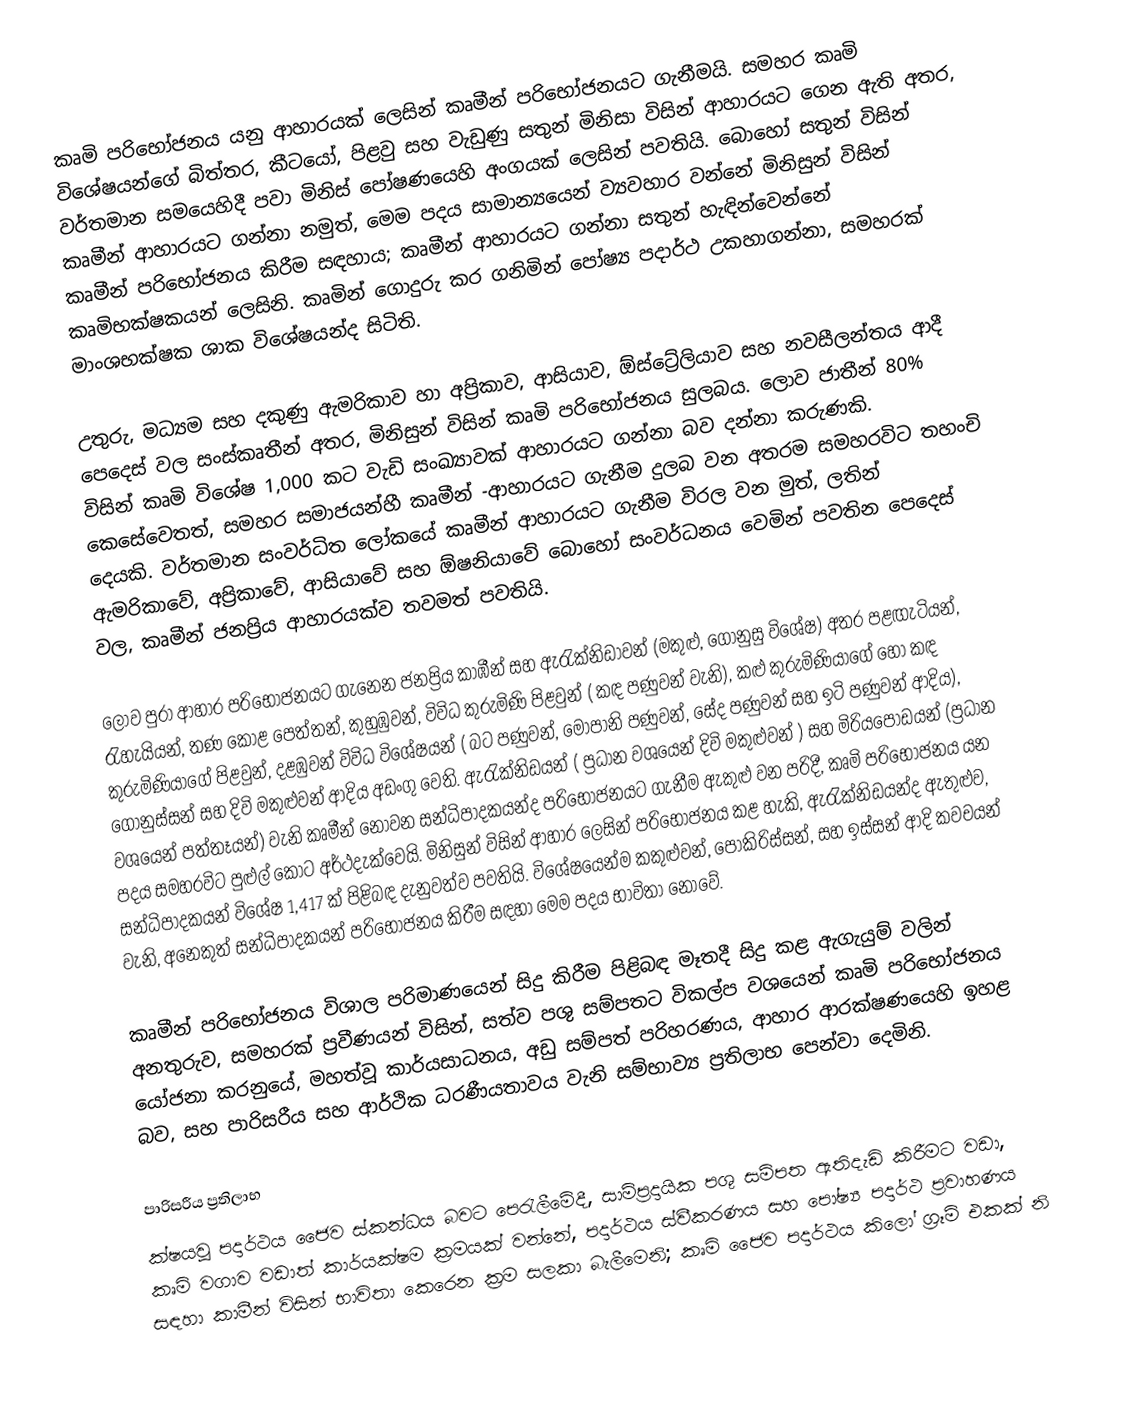
කෘමි පරිභෝජනය  යනු ආහාරයක් ලෙසින්  කෘමීන් පරිභෝජනයට ගැනීමයි. සමහර කෘමි විශේෂයන්ගේ  බිත්තර, කීටයෝ, පිළවු සහ වැඩුණු සතුන්  මිනිසා විසින් ආහාරයට ගෙන ඇති අතර, වර්තමාන සමයෙහිදී පවා  මිනිස් පෝෂණයෙහි අංගයක් ලෙසින් පවතියි.  බොහෝ සතුන් විසින් කෘමීන් ආහාරයට ගන්නා නමුත්, මෙම පදය සාමාන්‍යයෙන් ව්‍යවහාර වන්නේ මිනිසුන් විසින් කෘමීන් පරිභෝජනය කිරීම සඳහාය; කෘමීන් ආහාරයට ගන්නා සතුන් හැඳින්වෙන්නේ කෘමිභක්ෂකයන් ලෙසිනි. කෘමින් ගොදුරු කර ගනිමින් පෝෂ්‍ය පදාර්ථ උකහාගන්නා, සමහරක් මාංශභක්ෂක ශාක විශේෂයන්ද සිටිති.

උතුරු, මධ්‍යම සහ දකුණු ඇමරිකාව හා අප්‍රිකාව, ආසියාව, ඕස්ට්‍රේලියාව සහ නවසීලන්තය ආදී පෙදෙස් වල සංස්කෘතීන් අතර, මිනිසුන් විසින් කෘමි පරිභෝජනය සුලබය. ලොව ජාතීන් 80% විසින් කෘමි විශේෂ 1,000 කට වැඩි සංඛ්‍යාවක් ආහාරයට ගන්නා බව දන්නා කරුණකි. කෙසේවෙතත්, සමහර සමාජයන්හී කෘමීන් -ආහාරයට ගැනීම දුලබ වන අතරම සමහරවිට තහංචි දෙයකි.   වර්තමාන සංවර්ධිත ලෝකයේ කෘමීන් ආහාරයට ගැනීම විරල වන මුත්, ලතින් ඇමරිකාවේ, අප්‍රිකාවේ, ආසියාවේ සහ ඕෂනියාවේ බොහෝ සංවර්ධනය වෙමින් පවතින පෙදෙස් වල, කෘමීන් ජනප්‍රිය ආහාරයක්ව තවමත් පවතියි.

ලොව පුරා ආහාර පරිභෝජනයට ගැනෙන ජනප්‍රිය කාඹීන් සහ ඇරැක්නිඩාවන්  (මකුළු, ගෝනුසු විශේෂ) අතර පළඟැටියන්, රැහැයියන්,  තණ කොළ පෙත්තන්, කුහුඹුවන්, විවිධ කුරුමිණි පිළවුන්  ( කඳ පණුවන් වැනි),  කළු කුරුමිණියාගේ හෝ   කඳ කුරුමිණියා‍ගේ පිළවුන්, දළඹුවන් විවිධ විශේෂයන් ( බට පණුවන්, මොපානි පණුවන්, සේද පණුවන් සහ ඉටි පණුවන් ආදිය), ගෝනුස්සන් සහ දිවි මකුළුවන් ආදිය අඩංගු වෙති. ඇරැක්නිඩයන්  ( ප්‍රධාන වශයෙන් දිවි මකුළුවන් ) සහ  මිරියපෝඩයන්  (ප්‍රධාන වශයෙන් පත්තෑයන්) වැනි කෘමීන් නොවන සන්ධිපාදකයන්ද පරිභෝජනයට ගැනීම ඇකුළු වන පරිදී,  කෘමි පරිභෝජනය යන පදය සමහරවිට පුළුල් කොට අර්ථදැක්වෙයි.  මිනිසුන් විසින් ආහාර ලෙසින් පරිභෝජනය කළ හැකි, ඇරැක්නිඩයන්ද ඇතුළුව, සන්ධිපාදකයන් විශේෂ 1,417 ක් පිළිබඳ දැනුවත්ව පවතියි. විශේෂයෙන්ම කකුළුවන්, පොකිරිස්සන්, සහ ඉස්සන් ආදි  කවචයන් වැනි, අනෙකුත් සන්ධිපාදකයන් පරිභෝජනය  කිරීම සඳහා මෙම පදය භාවිතා නොවේ.

කෘමීන් පරිභෝජනය විශාල පරිමාණයෙන් සිදු කිරීම පිළිබඳ මෑතදී සිදු කළ ඇගැයුම් වලින් අනතුරුව, සමහරක් ප්‍රවීණයන් විසින්, සත්ව පශු සම්පතට විකල්ප වශයෙන් කෘමි පරිභෝජනය  යෝජනා කරනුයේ, මහත්වූ කාර්යසාධනය, අඩු සම්පත් පරිහරණය, ආහාර ආරක්ෂණයෙහි ඉහළ බව,  සහ පාරිසරීය සහ ආර්ථික ධරණීයතාවය  වැනි සම්භාව්‍ය ප්‍රතිලාභ පෙන්වා දෙමිනි.

පාරිසරීය  ප්‍රතිලාභ
ක්ෂයවූ පදාර්ථය ජෛව ස්කන්ධය  බවට පෙරැලීමේදී, සාම්ප්‍රදායික පශු සම්පත ඇතිදැඩි කිරීමට වඩා, කෘමි වගාව වඩාත් කාර්යක්ෂම ක්‍රමයක් වන්නේ, පදාර්ථය ස්වීකරණය සහ පෝෂ්‍ය පදාර්ථ ප්‍රවාහණය සඳහා කාමීන් විසින් භාවිතා කෙරෙන ක්‍රම සලකා බැලීමෙනි; කෘමි ජෛව පදාර්ථය කිලෝ ග්‍රෑම් එකක් නි